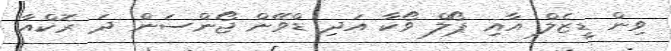
ވިން ޑީޒެލް އާއި ޕޯލް ވޯކާ އަދި ޑްވޭން ޖޯންސަން ދަ ރޮކްއާ